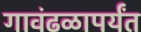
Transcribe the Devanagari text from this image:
गावंढळापर्यंत